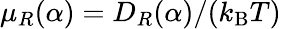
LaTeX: \mu_{R}(\alpha)=D_{R}(\alpha)/(k_{\mathrm{B}}T)